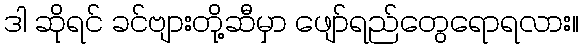
ဒါ ဆိုရင် ခင်ဗျားတို့ဆီမှာ ဖျော်ရည်တွေရောရလား။